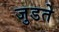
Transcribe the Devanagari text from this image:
जुडते